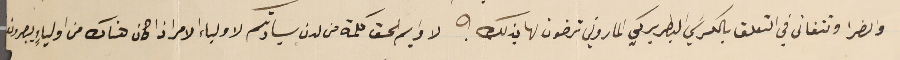
والضرا وتتفانى في التعلق بالكرسَي البطريركي الماروني ترضون لها بذلك ؟ لا دايم لحق كلمة من لدن سيادتكم لاولياء الامر اذا كان هناك من اولياءٍ يبصرون